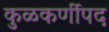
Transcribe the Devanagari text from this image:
कुळकर्णीपद